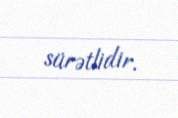
sürətlidir.